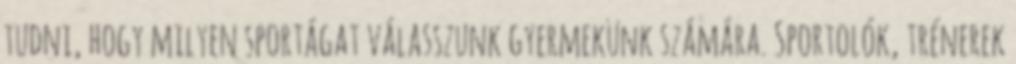
tudni, hogy milyen sportágat válasszunk gyermekünk számára. Sportolók, trénerek